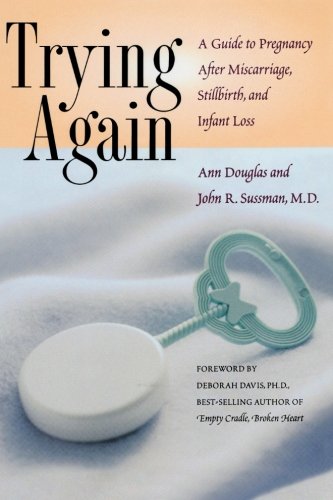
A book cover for Trying Again: A Guide to Pregnancy After Miscarriage, Stillbirth, and Infant Loss; Ann Douglas; Parenting & Relationships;